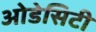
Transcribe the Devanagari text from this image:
ओडेसिटी